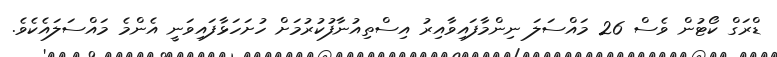
ޑްރަގް ކޯޓުން ވެސް 26 މައްސަލަ ނިންމާފައިވާއިރު އިސްތިއުނާފުކުރުމަށް ހުށަހަޅާފައިވަނީ އެންމެ މައްސަލައެކެވެ.